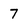
Character: 7